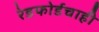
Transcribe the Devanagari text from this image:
रेडफोर्डचाही